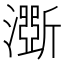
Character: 𤂊